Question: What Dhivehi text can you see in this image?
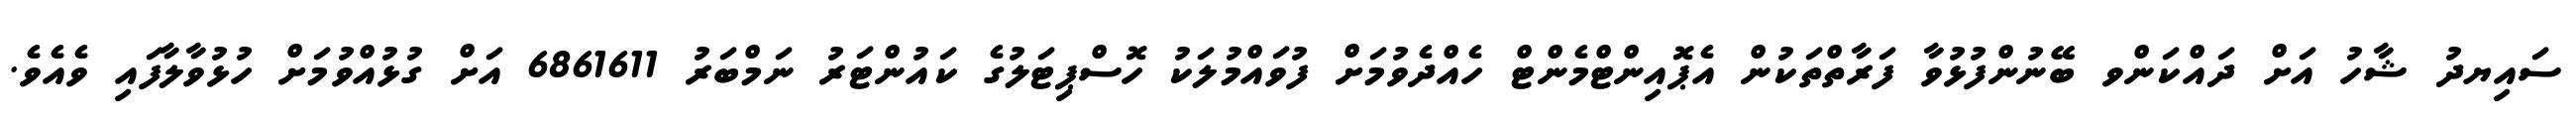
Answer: ސައިޔދު ޝާހު އަށް ދައްކަންވ ބޭނުންފުޅުވާ ފަރާތްތަކުން އެޕޮއިންޓްމެންޓް ހެއްދެވުމަށް ފުވައްމުލަކު ހޮސްޕިޓަލުގެ ކައުންޓަރު ނަމްބަރު 6861611 އަށް ގުޅުއްވުމަށް ހުޅުވާލާފައި ވެއެވެ.